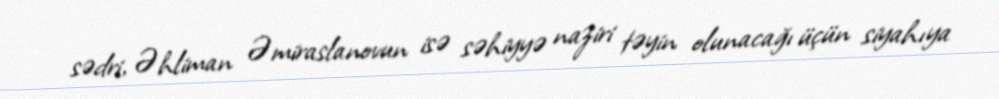
sədri, Əhliman Əmiraslanovun isə səhiyyə naziri təyin olunacağı üçün siyahıya